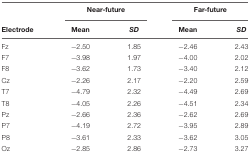
<table><thead><tr><td></td><td colspan="2"><b>Near-future</b></td><td colspan="2"><b>Far-future</b></td></tr><tr><td><b>Electrode</b></td><td><b>Mean</b></td><td><b><i>SD</i></b></td><td><b>Mean</b></td><td><b><i>SD</i></b></td></tr></thead><tbody><tr><td>Fz</td><td>-2.50</td><td>1.85</td><td>-2.46</td><td>2.43</td></tr><tr><td>F7</td><td>-3.98</td><td>1.97</td><td>-4.00</td><td>2.02</td></tr><tr><td>F8</td><td>-3.62</td><td>1.73</td><td>-3.40</td><td>2.12</td></tr><tr><td>Cz</td><td>-2.26</td><td>2.17</td><td>-2.20</td><td>2.59</td></tr><tr><td>T7</td><td>-4.79</td><td>2.32</td><td>-4.49</td><td>2.69</td></tr><tr><td>T8</td><td>-4.05</td><td>2.26</td><td>-4.51</td><td>2.34</td></tr><tr><td>Pz</td><td>-2.66</td><td>2.36</td><td>-2.62</td><td>2.69</td></tr><tr><td>P7</td><td>-4.19</td><td>2.72</td><td>-3.95</td><td>2.89</td></tr><tr><td>P8</td><td>-3.61</td><td>2.33</td><td>-3.62</td><td>3.05</td></tr><tr><td>Oz</td><td>-2.85</td><td>2.86</td><td>-2.73</td><td>3.27</td></tr></tbody></table>